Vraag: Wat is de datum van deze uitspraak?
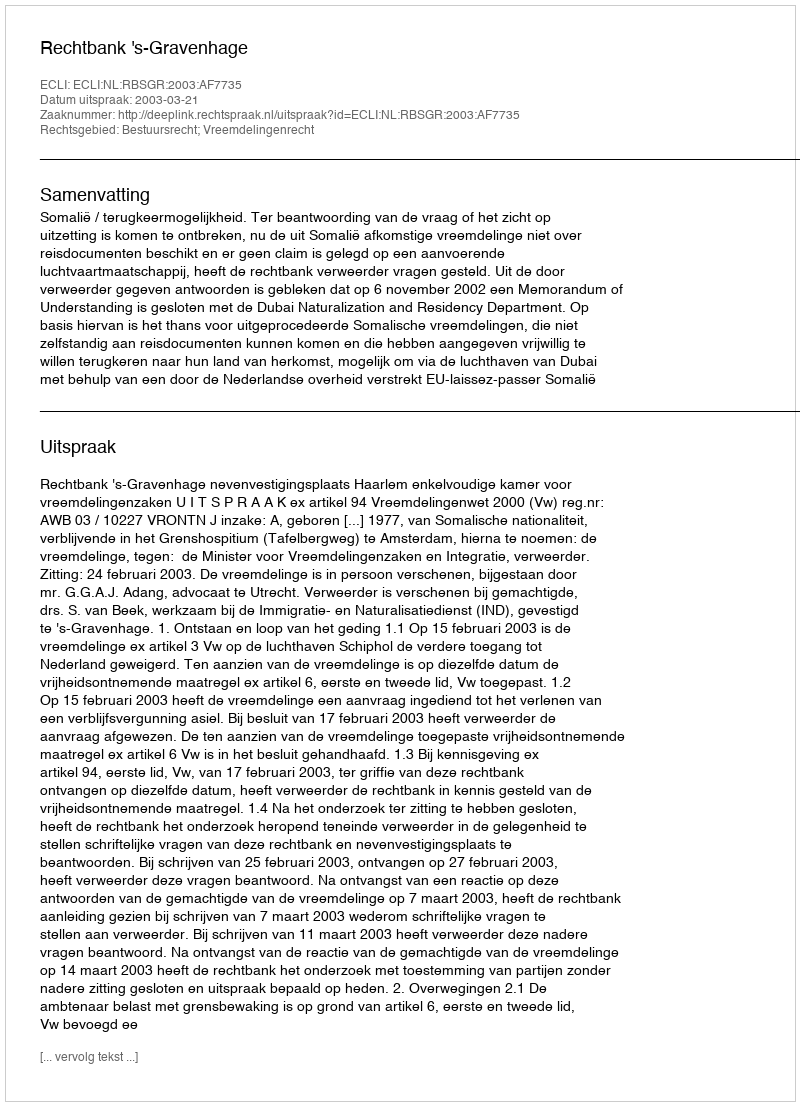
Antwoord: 2003-03-21